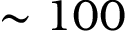
\sim 1 0 0